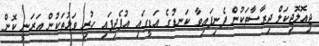
ޖިއޮލޮޖިކަލް ދިރާސާތަކުން ފެނިފައިވާ ކަނޑުގެ އަޑީގައި އުފެދިފައި ހުރި ވަޅުތަކުން އަރަނީ ކޮން